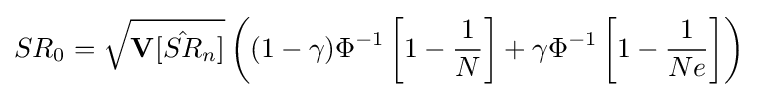
SR_{0}={\sqrt {\mathbf {V} [{\hat {SR}}_{n}]}}\left((1-\gamma )\Phi ^{-1}\left[1-{\frac {1}{N}}\right]+\gamma \Phi ^{-1}\left[1-{\frac {1}{Ne}}\right]\right)